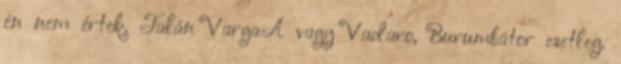
én nem értek. Talán VargaA vagy Vadaro, Burumbátor esetleg.